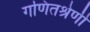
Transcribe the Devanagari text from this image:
गणितश्रेणी